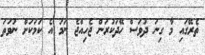
ތެރޭގައި މާ ގިނަ ދުވަސް ހޭދަކުރަން ޖެހިއްޖެ ނަމަ އެ ކަމަކަށް ނުވަތަ